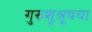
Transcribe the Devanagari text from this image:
गुरुशुश्रूषया